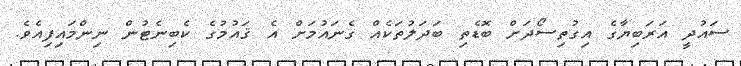
ސައުދީ އަރަބިޔާގެ އިގުތިސޯދަށް ބޮޑެތި ބަދަލުތަކެއް ގެނައުމަށް އެ ޤައުމުގެ ކެބިނެޓުން ނިންމައިފިއެވެ.